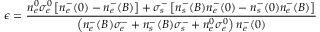
\epsilon = \frac { n _ { e } ^ { 0 } \sigma _ { e } ^ { 0 } \left[ n _ { e } ^ { - } ( 0 ) - n _ { e } ^ { - } ( B ) \right] + \sigma _ { s } ^ { - } \left[ n _ { s } ^ { - } ( B ) n _ { e } ^ { - } ( 0 ) - n _ { s } ^ { - } ( 0 ) n _ { e } ^ { - } ( B ) \right] } { \left( n _ { e } ^ { - } ( B ) \sigma _ { e } ^ { - } + n _ { s } ^ { - } ( B ) \sigma _ { s } ^ { - } + n _ { e } ^ { 0 } \sigma _ { e } ^ { 0 } \right) n _ { e } ^ { - } ( 0 ) }